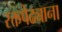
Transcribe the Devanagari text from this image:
रक्तपेढ्याना